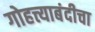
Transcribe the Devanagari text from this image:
गोहत्त्याबंदीचा